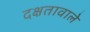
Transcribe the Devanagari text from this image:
दक्षतावाले